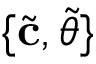
\{ \tilde { \mathbf { c } } , \tilde { \theta } \}